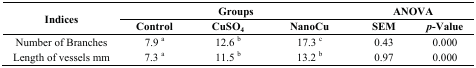
| <ROWSPAN=2> Indices | <COLSPAN=3> Groups | <COLSPAN=2> ANOVA |
 | Control | CuSO4 | NanoCu | SEM | p-Value |
 | --- | --- | --- | --- | --- | --- |
 | Number of Branches | 7.9 a | 12.6 b | 17.3 c | 0.43 | 0.000 |
 | Length of vessels mm | 7.3 a | 11.5 b | 13.2 b | 0.97 | 0.000 |